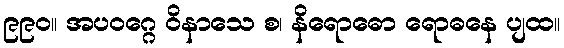
၉၉၀။ အပဝဂ္ဂေ ဝိနာသေ စ၊ နိရောဓော ရောဓနေ ပျထ။